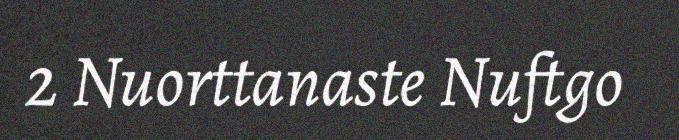
2 Nuorttanaste Nuftgo